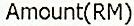
AMOUNT(RM)